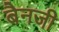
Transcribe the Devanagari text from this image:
बैनजी